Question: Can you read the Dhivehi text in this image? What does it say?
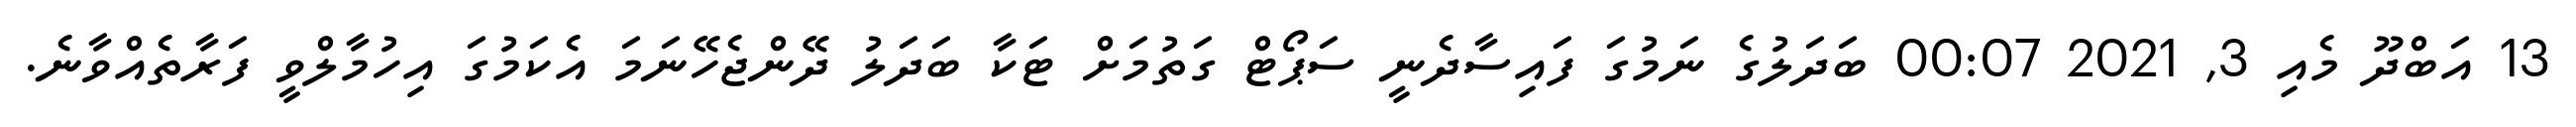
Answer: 13 އަބްދޫ މެއި 3, 2021 00:07 ބަދަލުގެ ނަމުގަ ފައިސާދެނީ ސަޕޯޓް ގަތުމަށް ޓަކާ ބަދަލު ދޭންޖެހޭނަމަ އެކަމުގަ އިހުމާލްވީ ފަރާތެއްވާނެ.